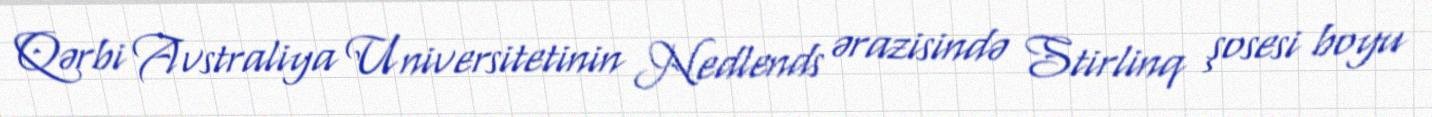
Qərbi Avstraliya Universitetinin Nedlends ərazisində Stirlinq şosesi boyu